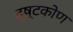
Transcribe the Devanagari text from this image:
द्ष्टकोण